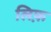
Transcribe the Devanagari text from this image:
लिफ़